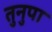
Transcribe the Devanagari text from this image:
तुनुपा